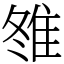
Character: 䧷